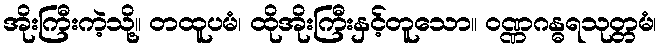
အိုးကြီးကဲ့သို့။ တထူပမံ၊ ထိုအိုးကြီးနှင့်တူသော။ ဝဏ္ဏဂန္ဓရသုတ္တမံ၊